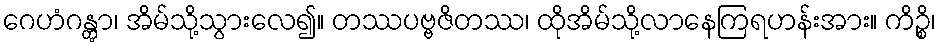
ဂေဟံဂန္တွာ၊ အိမ်သို့သွားလေ၍။ တဿပဗ္ဗဇိတဿ၊ ထိုအိမ်သို့လာနေကြရဟန်းအား။ ကိဉ္စိ၊